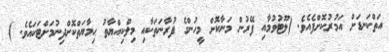
އަތްކަނޑަށް އަމުރުކޮށްފެއެވެ. (ލޫޓުވުމާއި ފޭރުން މަނާކޮށް މީހުންގެ ފުރާނަތަކާއި މިލްކިއްޔާތު ޙިމާޔަތްކޮށްދިނުމަށްޓަކައެވެ. )